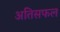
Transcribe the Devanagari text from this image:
अतिसफल